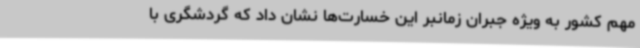
مهم کشور به ویژه جبران زمانبر این خسارت‌ها نشان داد که گردشگری با